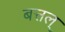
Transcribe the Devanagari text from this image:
बत्तल्